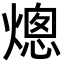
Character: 熜